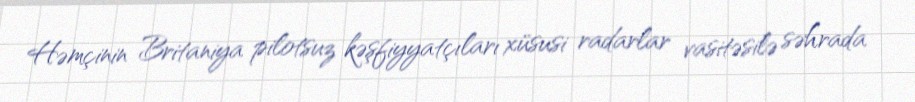
Həmçinin Britaniya pilotsuz kəşfiyyatçıları xüsusi radarlar vasitəsilə səhrada